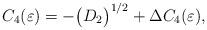
LaTeX: \begin{align*} C_{4}(\varepsilon)=-\big(D_{2}\big)^{1/2}+\Delta C_{4}(\varepsilon),\end{align*}